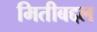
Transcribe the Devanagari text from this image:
मितीबद्दल